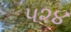
૫૨૪